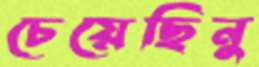
চেয়েছিনু